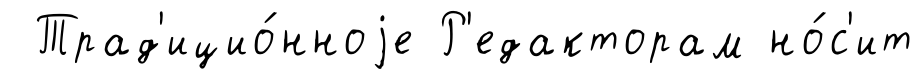
Трад'ицио́нноjе Р'едакторам но́с'ит